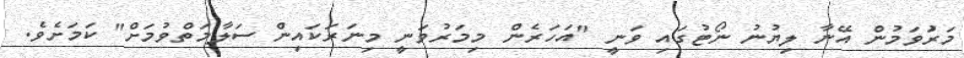
މަރުަވަމުން އޭނާ ލިޔުނު ނޯޓުގައި ވަނީ "އަހަރެން މިމަރުވަނީ މިނަރަކައިން ސަލާމަތްވުުމަށް" ކަމަށެވެ.